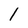
Character: 1